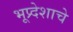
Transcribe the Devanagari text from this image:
भूप्र्देशाचे